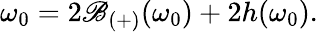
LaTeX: \omega_{0}=2\mathscr{B}_{(+)}(\omega_{0})+2h(\omega_{0}).